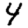
Digit: 4